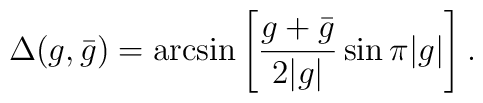
\Delta(g,\bar g)= \arcsin{\left[{g+\bar g\over 2|g|}\,{\sin{\pi |g| }}\right]} \>.